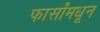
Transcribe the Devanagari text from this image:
फार्सांमधून